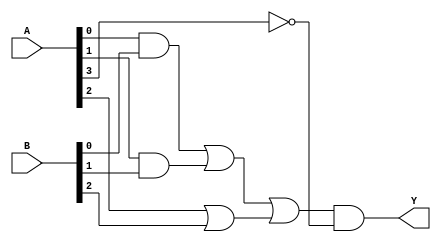
module combinational_logic_block (
    input wire [3:0] A,    // 4-bit input
    input wire [3:0] B,    // 4-bit input
    output wire Y          // Output
);

    // Intermediate signals
    wire A_and_B0;         // Intermediate signal for A AND B[0]
    wire A_and_B1;         // Intermediate signal for A AND B[1]
    wire A_or_B2;          // Intermediate signal for A OR B[2]
    wire not_A3;           // Intermediate signal for NOT A[3]

    // Logic Function Implementation
    // Intermediate calculations
    assign A_and_B0 = A[0] & B[0];     // A[0] AND B[0]
    assign A_and_B1 = A[1] & B[1];     // A[1] AND B[1]
    assign A_or_B2  = A[2] | B[2];     // A[2] OR B[2]
    assign not_A3   = ~A[3];            // NOT A[3]

    // Final output Y based on simplified logic expression
    // Example logic: Y = (A AND B[0]) OR (A AND B[1]) OR (A OR B[2]) AND NOT A[3]
    assign Y = (A_and_B0 | A_and_B1 | A_or_B2) & not_A3;

endmodule